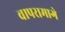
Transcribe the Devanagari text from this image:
वापरामागे